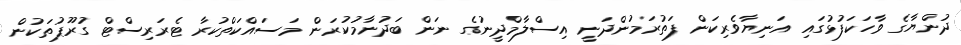
ދުންޔާގެ ވާހަކަފުޅުގައި އަނިޔާވެރިކަން ފަތުރަމުންދަނީ އިސްލާމްދީނުގެ ނަން ބަދުނާމުކުރަން މަސައްކަތްކުރާ ޓެރަރިސްޓް ގުރޫޕުތަކުން